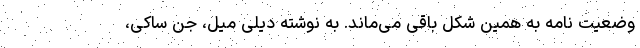
وضعیت نامه به همین شکل باقی می‌ماند. به نوشته دیلی میل، جن ساکی،